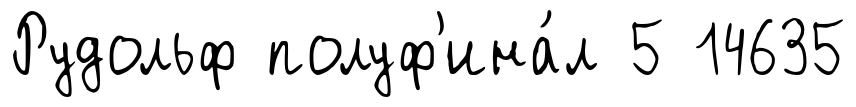
Рудольф полуф'ина́л 5 14635